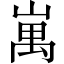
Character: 𡺥